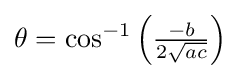
\theta =\cos ^{-1}\left({\tfrac {-b}{2{\sqrt {ac}}}}\right)